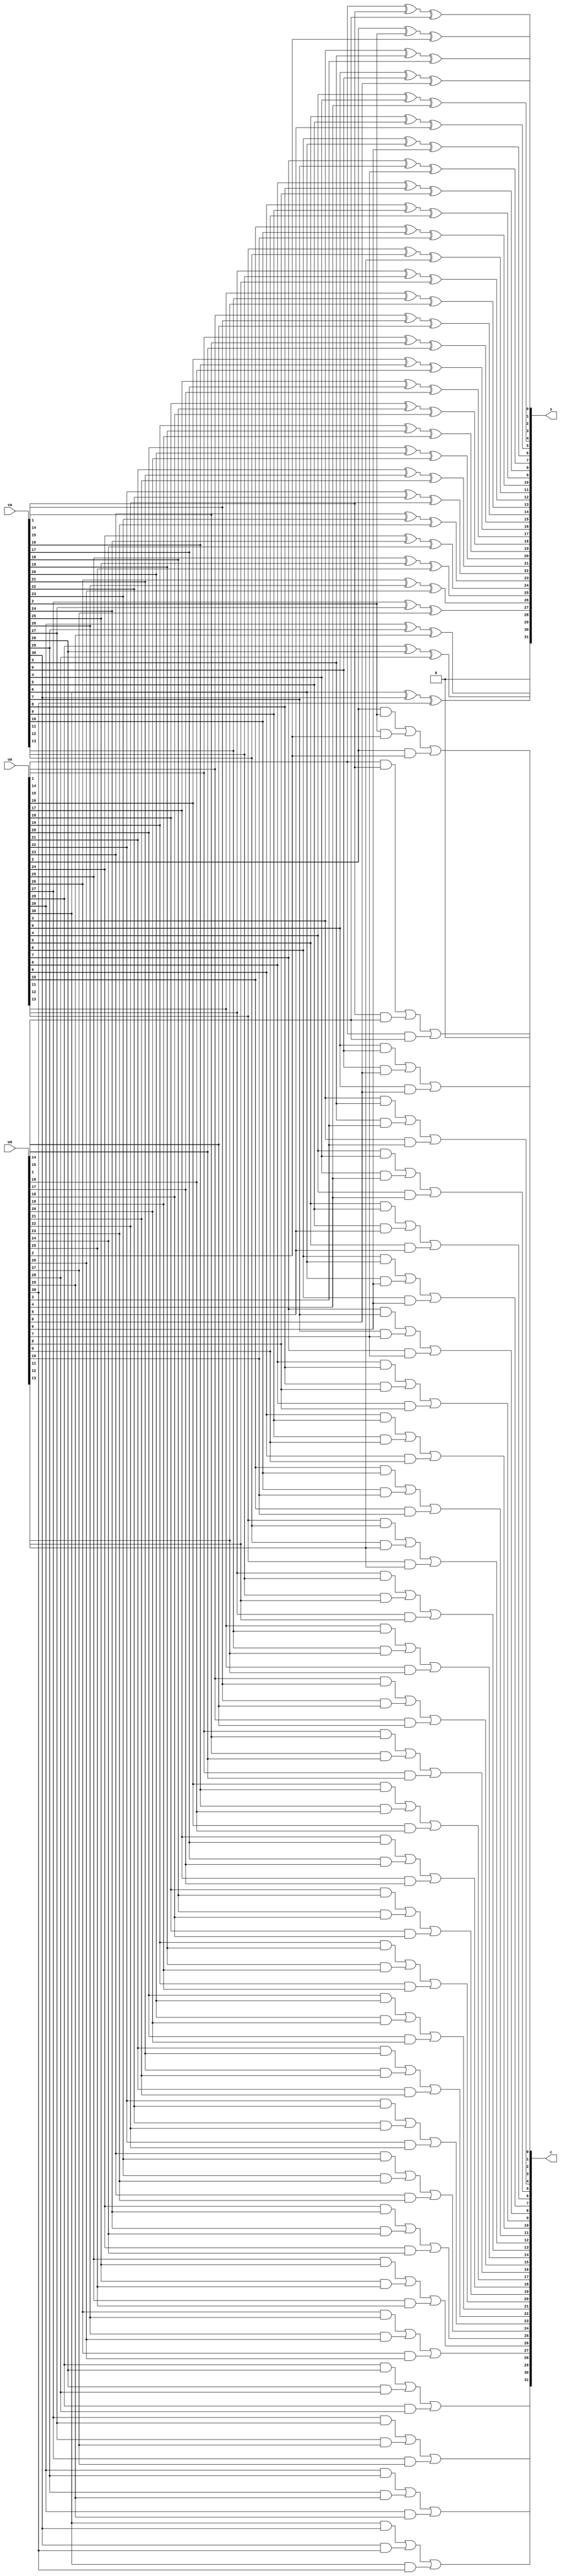
module fulladd(ua,va,wa,s,c);

input [31:0] ua;
input [31:0] va;
input [31:0] wa;

output [31:0] s;
output [31:0] c;

genvar k;
//CSA
 assign s[31]=1'b0;
 assign c[0]=1'b0;
generate
for(k=0;k<31;k=k+1)
begin :fulladd
//assign sum and carry
assign s[k]= ua[k] ^ va[k] ^ wa[k];
assign c[k+1] = (ua[k]&va[k]) | (va[k]&wa[k]) | (ua[k]&wa[k]);

end
endgenerate
endmodule